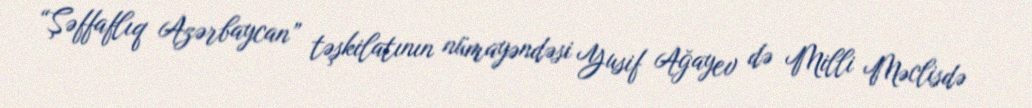
“Şəffaflıq Azərbaycan” təşkilatının nümayəndəsi Yusif Ağayev də Milli Məclisdə